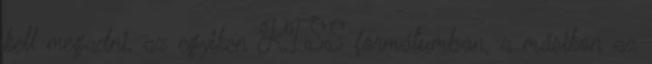
kell megadni, az egyiken KISS formátumban, a másikon az